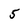
Character: 5